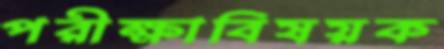
পরীক্ষাবিষয়ক